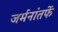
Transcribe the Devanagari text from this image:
जर्मनांतर्फे